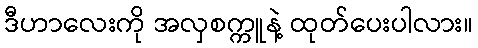
ဒီဟာလေးကို အလှစက္ကူနဲ့ ထုတ်ပေးပါလား။